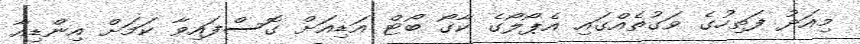
މިއަދު ފަތިހުގެ ވަގުތެއްގައި އެޕޯލޯގެ ކާގޯ ބޯޓް އަޑިއަށް ގޮސްފައިވާ ކަމަށް އިންޑިއާ